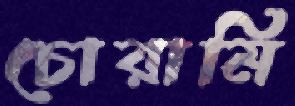
চোরামি